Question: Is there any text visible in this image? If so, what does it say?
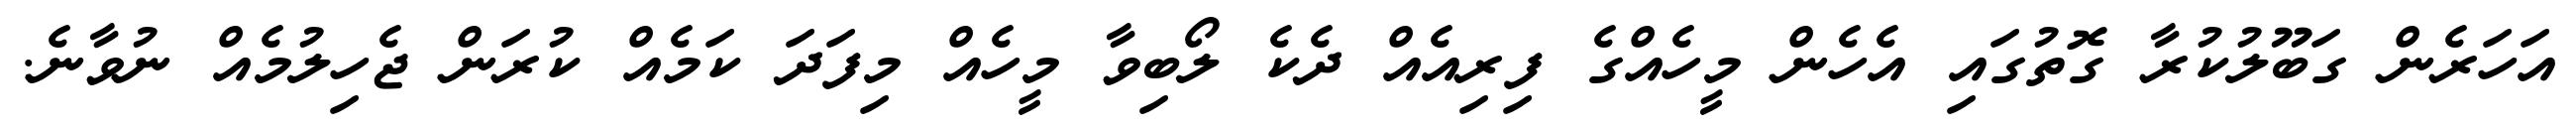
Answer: އަހަރެން ގަބޫލުކުރާ ގޮތުގައި އެހެން މީހެއްގެ ފިރިއެއް ދެކެ ލޯބިވާ މީހެއް މިފަދަ ކަމެއް ކުރަން ޖެހިލުމެއް ނުވާނެ.